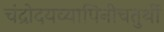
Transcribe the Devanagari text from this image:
चंद्रोदयव्यापिनीचतुर्थी